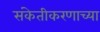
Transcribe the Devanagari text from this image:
संकेतीकरणाच्या